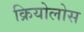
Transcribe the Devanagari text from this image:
क्रियोलोस